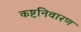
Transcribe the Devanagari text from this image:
कष्टनिवारण